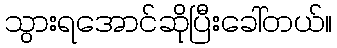
သွားရအောင်ဆိုပြီးခေါ်တယ်။